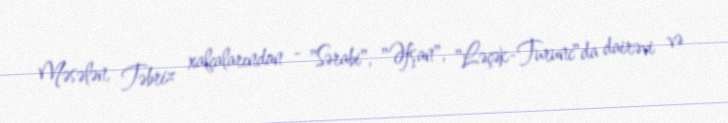
Məsələn, Təbriz xalçalarından - "Sərabi", "Əfşan", "Ləçək-Turunc"da dairəvi və